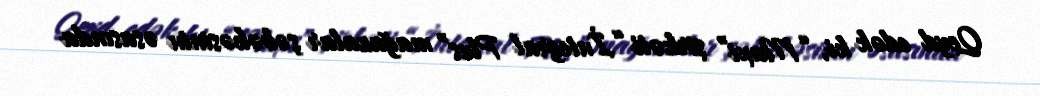
Qeyd edək ki, “Maxi” şirkəti “İntegral Plus” mağazalar şəbəkəsinin əsasında